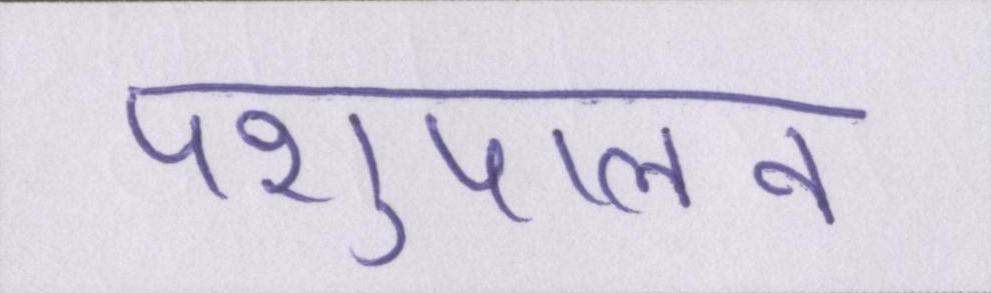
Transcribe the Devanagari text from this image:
पशुपालन